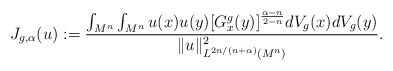
\begin{align*} J_{g,\alpha}(u):=\frac{\int_{M^n}\int_{M^n}{u(x)u(y)}[G^{g}_x(y)]^{\frac {\alpha-n}{2-n}}dV_g(x)dV_g(y)}{\|u\|^2_{L^{2n/(n+\alpha)}(M^n)}}. \end{align*}